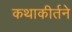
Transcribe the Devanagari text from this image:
कथाकीर्तने